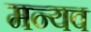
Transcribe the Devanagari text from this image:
मन्यव